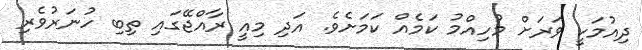
ދިއުމަކީ ވަރަށް މުހިއްމު ކަމެއް ކަމަށެވެ. އަދި މިއީ ރާއްޖޭގައި ތިބި ހުނަރުވެރި